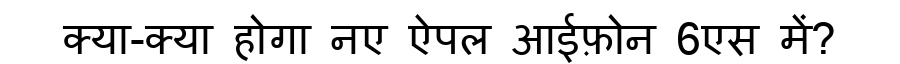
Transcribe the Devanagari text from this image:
क्या-क्या होगा नए ऐपल आईफ़ोन 6एस में?